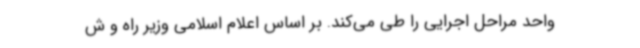
واحد مراحل اجرایی را طی می‌کند. بر اساس اعلام اسلامی وزیر راه و ش